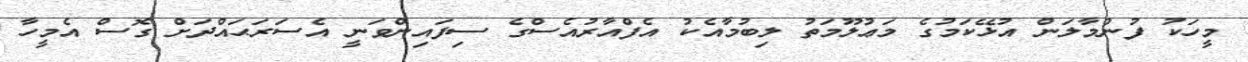
މީހަކު ފުންމާލަން އުޅޭކަމުގެ މަޢުލޫމަތު ލިބުމާއެކު އެފްއާރުއެސްގެ ސިފައިންވަނީ އެސަރަޙައްދަށް ގޮސް އެމީހާ